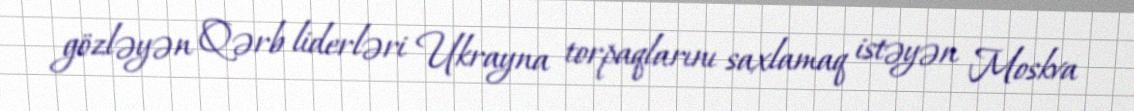
gözləyən Qərb liderləri Ukrayna torpaqlarını saxlamaq istəyən Moskva